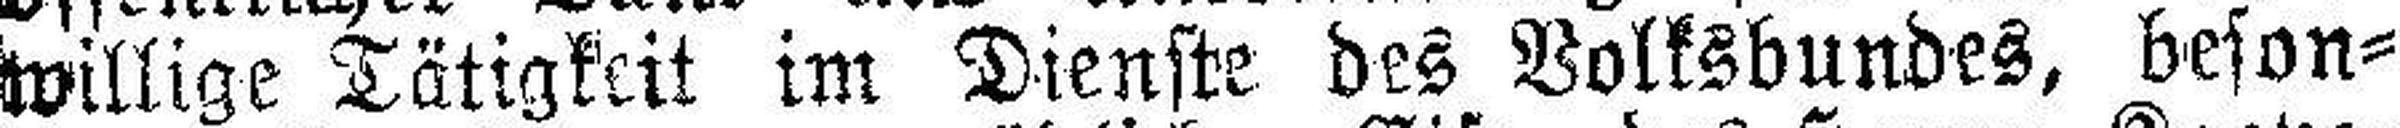
willige Tätigkeit im Dienste des Volksbundes, beson¬